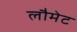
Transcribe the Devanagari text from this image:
लौमेट